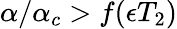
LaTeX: \alpha/\alpha_{c}>f(\epsilon T_{2})